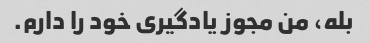
بله، من مجوز یادگیری خود را دارم.